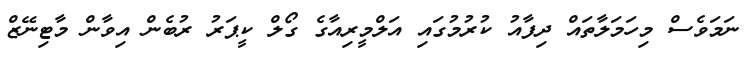
ނަމަވެސް މިހަމަލާތައް ދިފާއު ކުރުމުގައި އަލްމީރިއާގެ ގޯލް ކީޕަރު ރުބެން އިވާން މާޓިނޭޒް